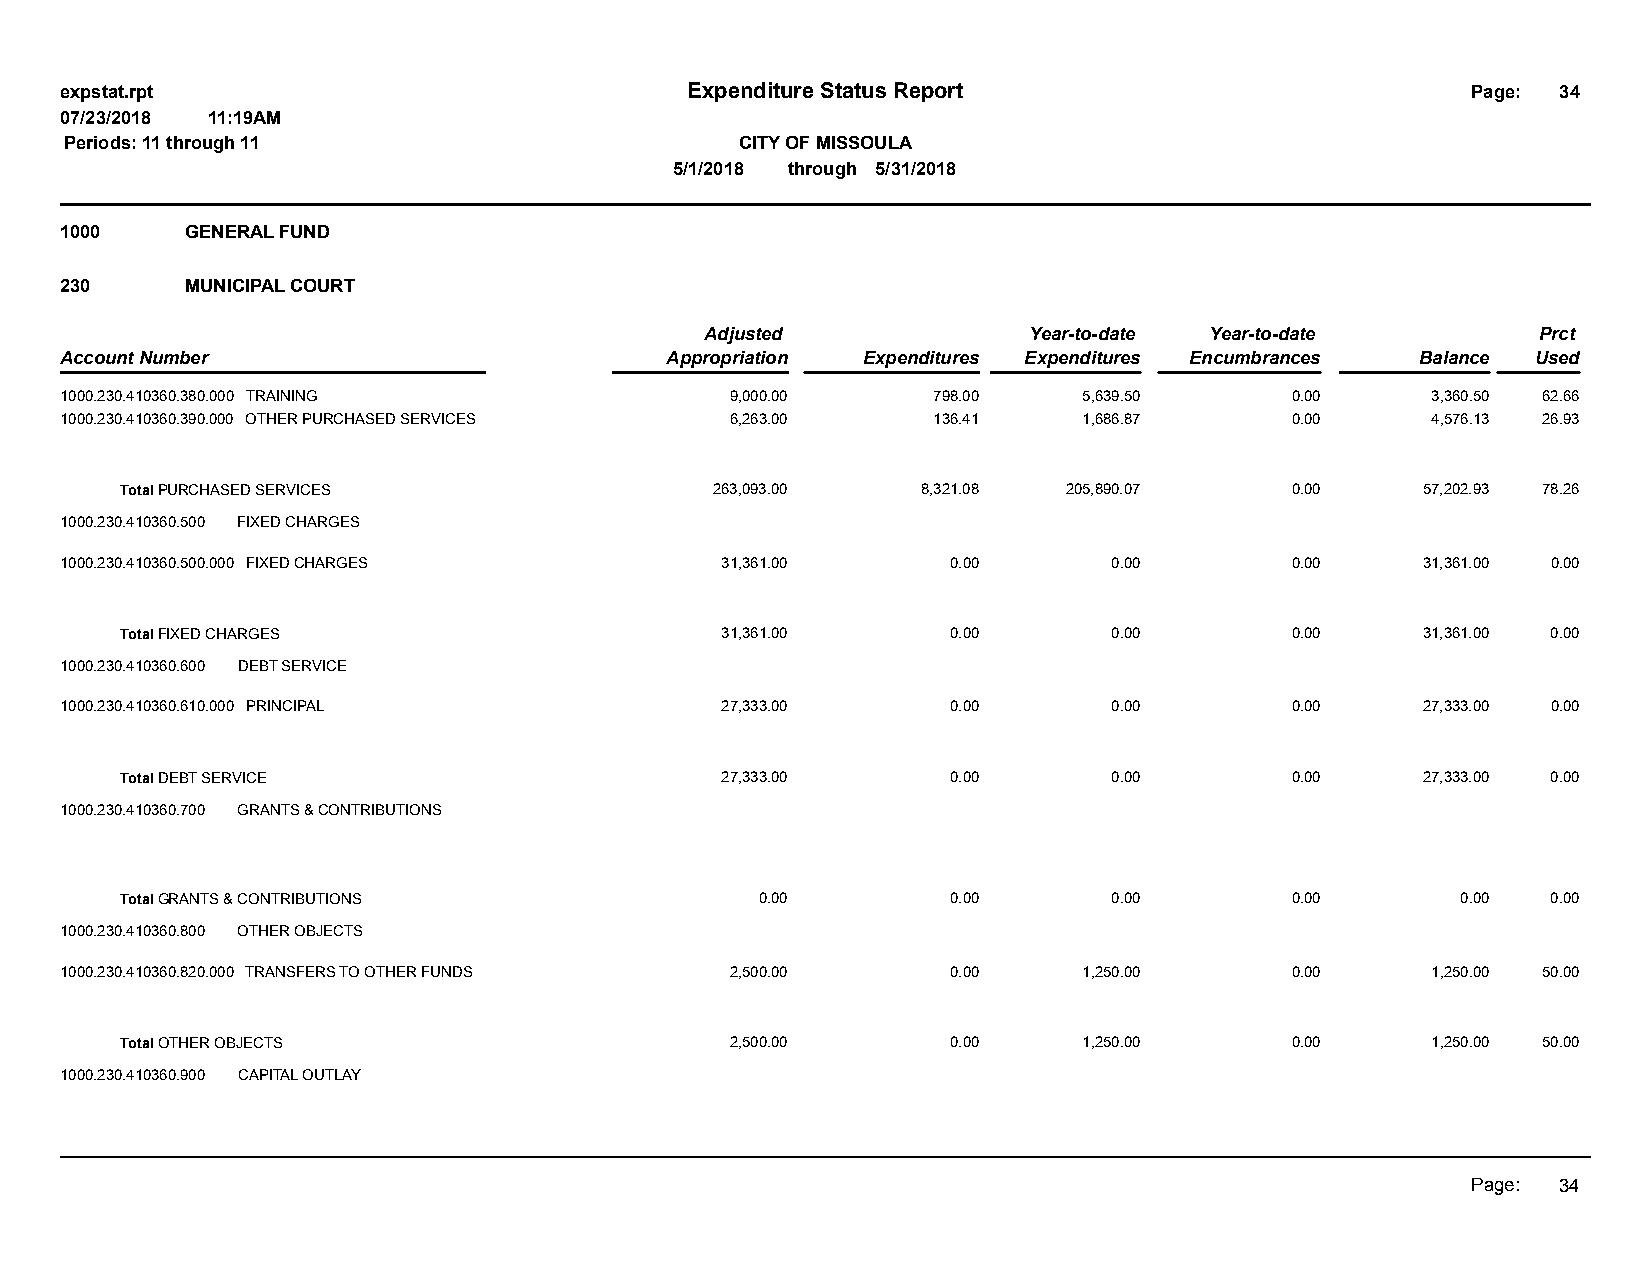
expstat.rpt                              Expenditure Status Report                           Page: 34
 07/23/2018 11:19AM
 Periods: 11 through 11                       CITY OF MISSOULA
 5/1/2018 through 5/31/2018
 1000    GENERAL FUND
 230     MUNICIPAL COURT
 Adjusted             Year-to-date Year-to-date         Prct
 Account Number                          Appropriation Expenditures Expenditures Encumbrances Balance Used
 1000.230.410360.380.000 TRAINING            9,000.00      798.00    5,639.50     0.00      3,360.50 62.66
 1000.230.410360.390.000 OTHER PURCHASED SERVICES 6,263.00 136.41    1,686.87     0.00      4,576.13 26.93
 Total PURCHASED SERVICES               263,093.00    8,321.08  205,890.07    0.00     57,202.93 78.26
 1000.230.410360.500 FIXED CHARGES
 1000.230.410360.500.000 FIXED CHARGES       31,361.00      0.00       0.00       0.00     31,361.00 0.00
 Total FIXED CHARGES                     31,361.00      0.00       0.00       0.00     31,361.00 0.00
 1000.230.410360.600 DEBT SERVICE
 1000.230.410360.610.000 PRINCIPAL           27,333.00      0.00       0.00       0.00     27,333.00 0.00
 Total DEBT SERVICE                      27,333.00      0.00       0.00       0.00     27,333.00 0.00
 1000.230.410360.700 GRANTS & CONTRIBUTIONS
 Total GRANTS & CONTRIBUTIONS              0.00         0.00       0.00       0.00        0.00  0.00
 1000.230.410360.800 OTHER OBJECTS
 1000.230.410360.820.000 TRANSFERS TO OTHER FUNDS 2,500.00  0.00     1,250.00     0.00      1,250.00 50.00
 Total OTHER OBJECTS                     2,500.00       0.00     1,250.00     0.00      1,250.00 50.00
 1000.230.410360.900 CAPITAL OUTLAY
 Page: 34